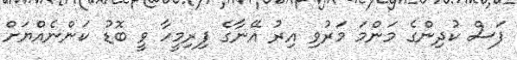
ފަސް ކުދިންގެ މަންމަ މަރުވި އިރު އޭނާގެ ފިރިމީހާ ވީ ބޮޑު ކަންނެއްޔަށް